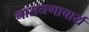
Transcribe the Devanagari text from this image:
नारायणाचार्य